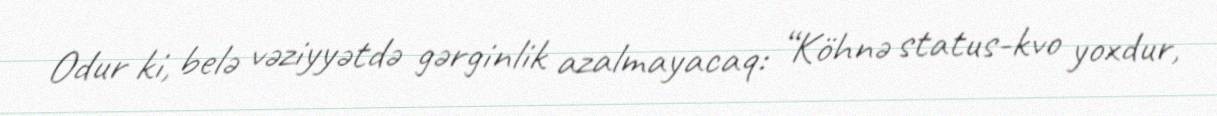
Odur ki, belə vəziyyətdə gərginlik azalmayacaq: “Köhnə status-kvo yoxdur,